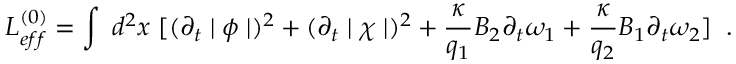
L _ { e f f } ^ { ( 0 ) } = \int \; d ^ { 2 } x \; [ ( \partial _ { t } \mid \phi \mid ) ^ { 2 } + ( \partial _ { t } \mid \chi \mid ) ^ { 2 } + \frac { \kappa } { q _ { 1 } } B _ { 2 } \partial _ { t } \omega _ { 1 } + \frac { \kappa } { q _ { 2 } } B _ { 1 } \partial _ { t } \omega _ { 2 } ] \; \; .